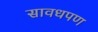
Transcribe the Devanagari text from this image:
सावधपण